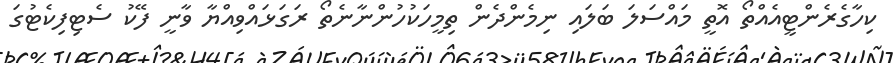
ކިހާގެރެންޓީއެއްތޯ އޮތީ މައްސަލަ ބަލައި ނިމެންދެން ތިމީހަކުހުންނާނެތޯ ރަގަޅައްވިއްޔާ ވާނީ ފޭކު ސެޓިފިކެޓުގަ